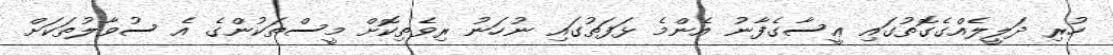
ހުރި ދަލީލެއްގެގޮތުގައި ޢީސާގެފާނު އެންމެ ޅަފަތުގައި ނުހަނު ރިވެތިކޮށް މީސްތަކުންގެ އެ ސުވާލުތަކަށް